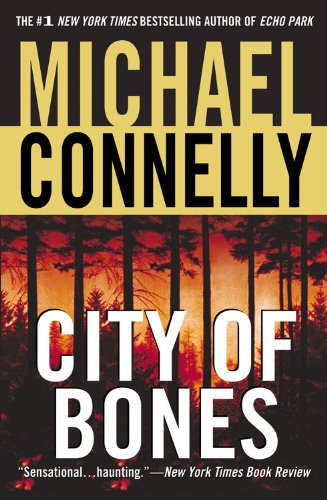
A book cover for City of Bones (Harry Bosch); Michael Connelly; Mystery, Thriller & Suspense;